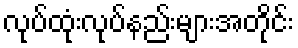
လုပ်ထုံးလုပ်နည်းများအတိုင်း